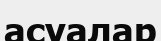
асуалар